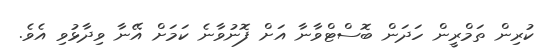
ކުރިން ތަމްރީން ހަދަން ބޮސްޓްވާނާ އަށް ފޮނުވާނެ ކަމަށް އޭނާ ވިދާޅުވި އެވެ.